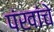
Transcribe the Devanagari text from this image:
पंखांचे